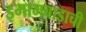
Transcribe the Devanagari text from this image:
इमामबाडाची